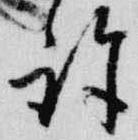
許